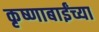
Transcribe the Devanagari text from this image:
कृष्णाबाईंच्या